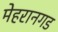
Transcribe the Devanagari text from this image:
मेहरानगड